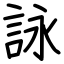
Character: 詠